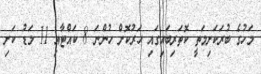
މަހުގެ ބުރަކަށިމަތީ ކޮތަރިބައިގައި ހަރުކޮށް ހުންނަ 8 ކައްޓާއި 11 މަޑު ކަށި